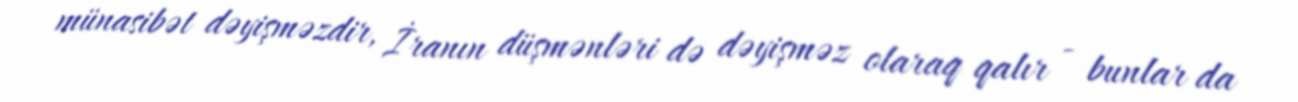
münasibət dəyişməzdir, İranın düşmənləri də dəyişməz olaraq qalır - bunlar da